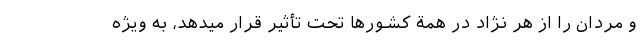
و مردان را از هر نژاد در همة کشورها تحت تأثیر قرار میدهد، به ویژه